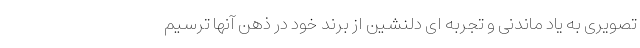
تصویری به یاد ماندنی و تجربه ای دلنشین از برند خود در ذهن آنها ترسیم